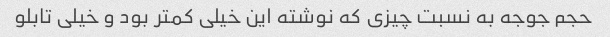
حجم جوجه به نسبت چیزی که نوشته این خیلی کمتر بود و خیلی تابلو